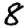
Digit: 8